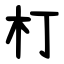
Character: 朾